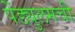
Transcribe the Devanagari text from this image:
पेंड्युलमची